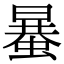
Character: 𧏒